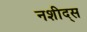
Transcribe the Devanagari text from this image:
नशीद्स